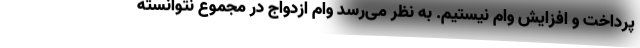
پرداخت و افزایش وام نیستیم. به نظر می‌رسد وام ازدواج در مجموع نتوانسته